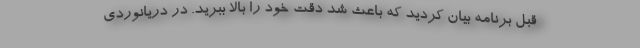
قبل برنامه بیان کردید که باعث شد دقت خود را بالا ببرید. در دریانوردی